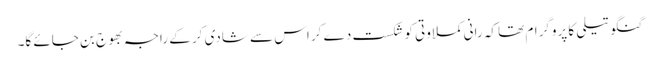
گنگو تیلی کا پروگرام تھا کہ رانی کملاوتی کو شکست دے کر اس سے شادی کر کے راجہ بھوج بن جائے گا۔